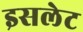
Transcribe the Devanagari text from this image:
इसलेट